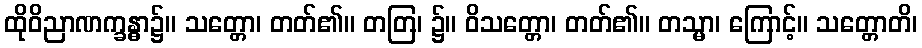
ထိုဝိညာဏက္ခန္ဓာ၌။ သတ္တော၊ တတ်၏။ တတြ၊ ၌။ ဝိသတ္တော၊ တတ်၏။ တသ္မာ၊ ကြောင့်။ သတ္တောတိ၊